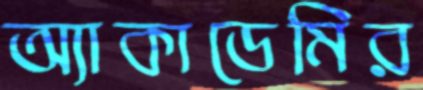
অ্যাকাডেমির